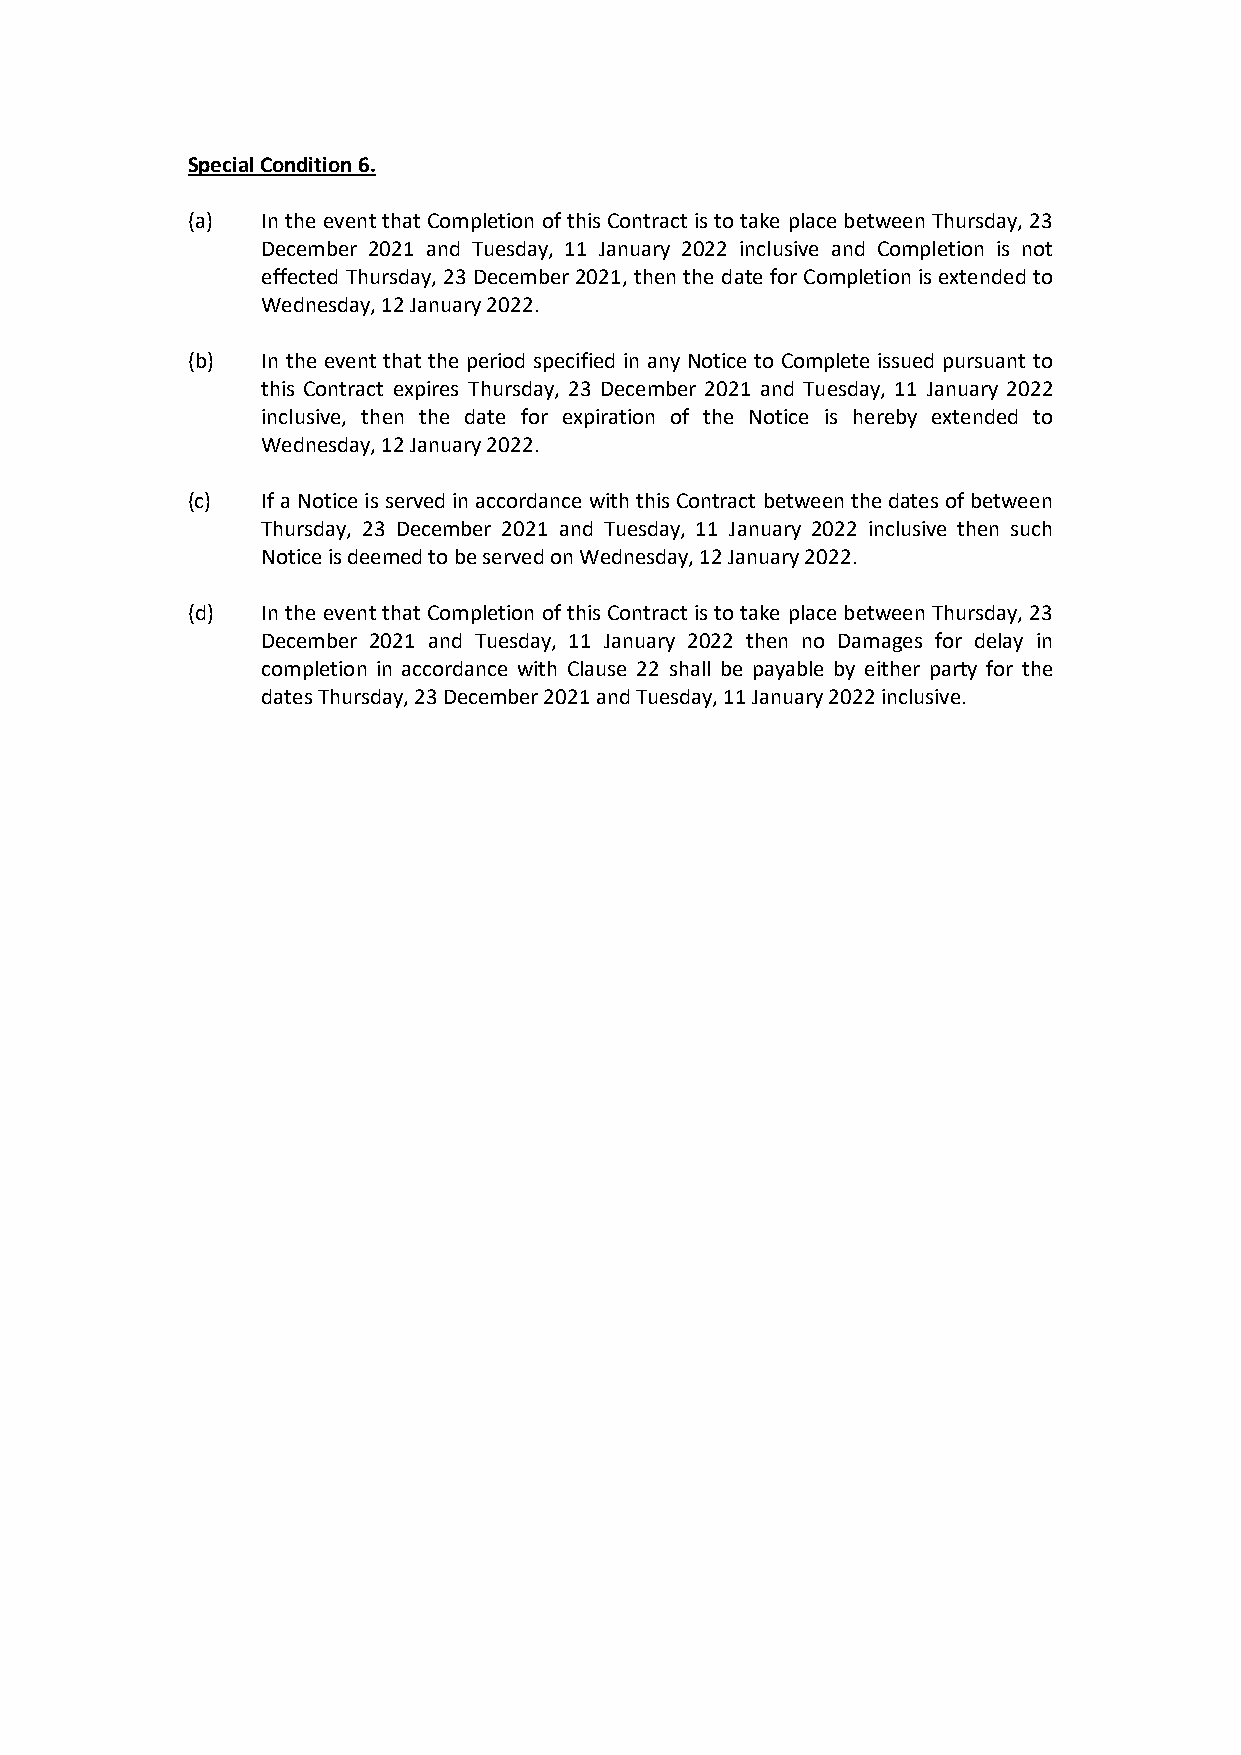
Special Condition 6.
 (a)  In the event that Completion of this Contract is to take place between Thursday, 23
 December 2021 and Tuesday, 11 January 2022 inclusive and Completion is not
 effected Thursday, 23 December 2021, then the date for Completion is extended to
 Wednesday, 12 January 2022.
 (b)  In the event that the period specified in any Notice to Complete issued pursuant to
 this Contract expires Thursday, 23 December 2021 and Tuesday, 11 January 2022
 inclusive, then the date for expiration of the Notice is hereby extended to
 Wednesday, 12 January 2022.
 (c)  If a Notice is served in accordance with this Contract between the dates of between
 Thursday, 23 December 2021 and Tuesday, 11 January 2022 inclusive then such
 Notice is deemed to be served on Wednesday, 12 January 2022.
 (d)  In the event that Completion of this Contract is to take place between Thursday, 23
 December 2021 and Tuesday, 11 January 2022 then no Damages for delay in
 completion in accordance with Clause 22 shall be payable by either party for the
 dates Thursday, 23 December 2021 and Tuesday, 11 January 2022 inclusive.